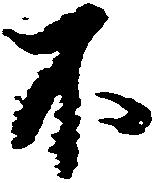
不